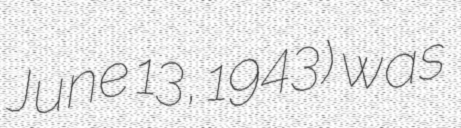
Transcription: June 13, 1943) was